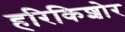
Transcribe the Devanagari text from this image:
हरिकिशोर